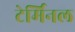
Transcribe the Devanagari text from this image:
टेर्मिनल